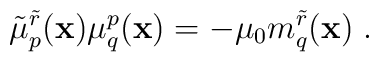
\tilde{\mu}^{\tilde r}_p ({\bf x}) \mu_q^p ({\bf x}) =         - \mu_0 m_q^{\tilde{r}} ({\bf x})\;.